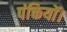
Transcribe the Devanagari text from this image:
पंक्तियों।